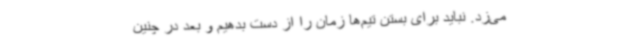
می‌زد. نباید برای بستن تیم‌ها زمان را از دست بدهیم و بعد در چنین